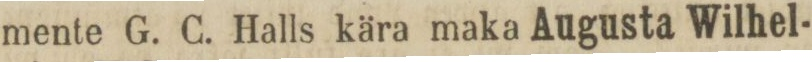
mente G. C. Halls kära maka Augusta Wilhel-